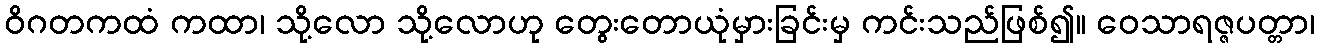
ဝိဂတကထံ ကထာ၊ သို့လော သို့လောဟု တွေးတောယုံမှားခြင်းမှ ကင်းသည်ဖြစ်၍။ ဝေသာရဇ္ဇပတ္တာ၊